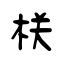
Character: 栚